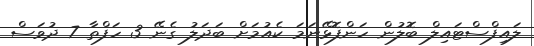
ލައިފްސްޓައިލް ބޮލުން ހަންފޮޅޭނަމަ ކެއުމަށް ބަދަލު ގެނޭ 3 ހަފްތާ 7 ދުވަސް